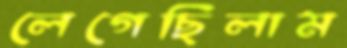
লেগেছিলাম